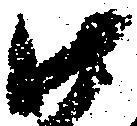
御